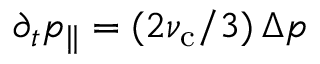
\partial _ { t } p _ { \| } = ( 2 \nu _ { \mathrm { c } } / 3 ) \, \Delta p